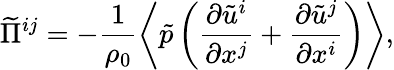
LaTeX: \widetilde{\Pi}^{ij}=-\frac{1}{\rho_{0}}\left\langle{\tilde{p}\left({\frac{\partial\tilde{u}^{i}}{\partial x^{j}}+\frac{\partial\tilde{u}^{j}}{\partial x^{i}}}\right)}\right\rangle,